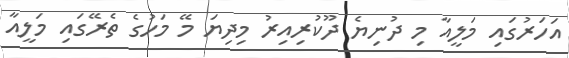
އަހަރުގައި މަލީއާ މި ދުނިޔެ ދޫކުރިއިރު މިދިޔަ މޭ މަހުގެ ތެރޭގައި މަލީއާ